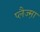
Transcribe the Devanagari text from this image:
प्लैज्म़ा